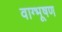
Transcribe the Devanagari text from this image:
वाग्भूषण